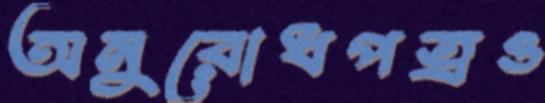
অনুরোধপত্রও